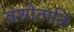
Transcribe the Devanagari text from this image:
वंशोत्पति